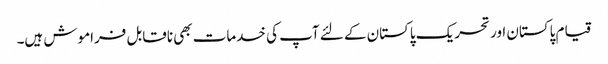
قیام پاکستان اور تحریک پاکستان کے لئے آپ کی خدمات بھی ناقابل فراموش ہیں۔